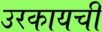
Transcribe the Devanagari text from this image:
उरकायची